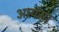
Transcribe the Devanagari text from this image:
आर्यमा